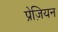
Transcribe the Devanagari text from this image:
प्रेज़ियन